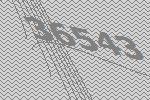
36543